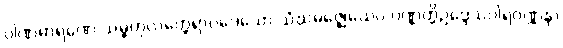
ပါဏဓာရဏေ သမ္ဗဟုလတ္ထေရာပဒေသော သံဃမဇ္ဈေယေဝ ပဏ္ဏတ္တိဥဒ္ဒေသဝါရဝဏ္ဏနာ